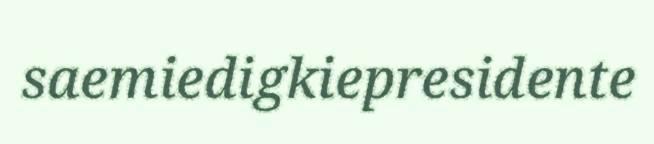
saemiedigkiepresidente